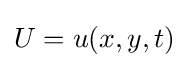
U=u(x,y,t)